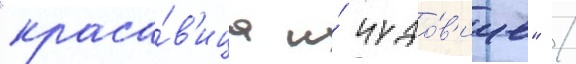
"краса́в'ица и́ чудо́в'ище" /